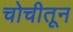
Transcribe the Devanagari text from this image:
चोचीतून